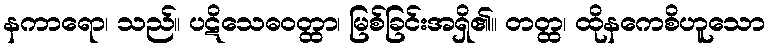
နကာရော၊ သည်။ ပဋိသေဓဝတ္ထာ၊ မြစ်ခြင်းအရှိ၏။ တတ္ထ၊ ထိုနကေစိဟူသော